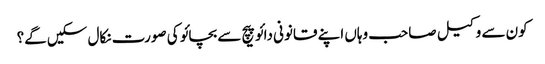
کون سے وکیل صاحب وہاں اپنے قانونی دائو پیچ سے بچائو کی صورت نکال سکیں گے؟